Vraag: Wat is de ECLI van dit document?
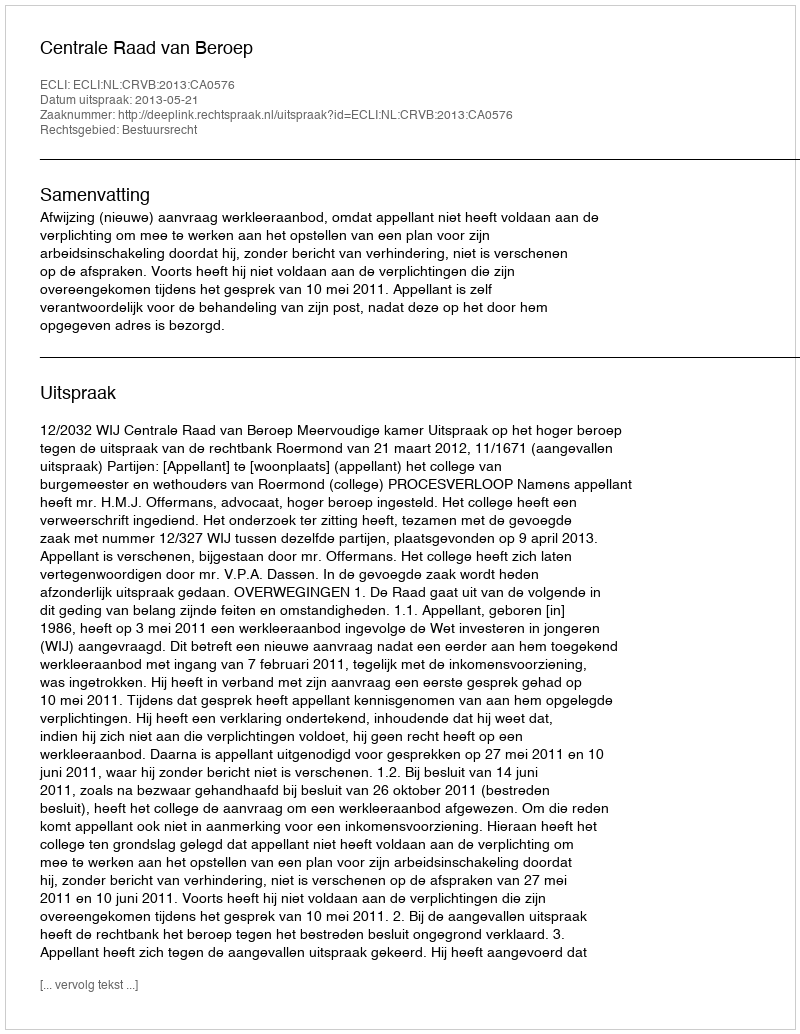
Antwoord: ECLI:NL:CRVB:2013:CA0576